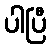
ပါပြီ